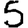
Digit: 5